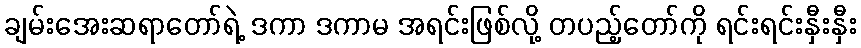
ချမ်းအေးဆရာတော်ရဲ့ ဒကာ ဒကာမ အရင်းဖြစ်လို့ တပည့်တော်ကို ရင်းရင်းနှီးနှီး